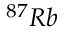
^ { 8 7 } R b